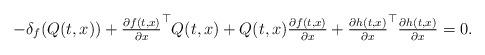
LaTeX: \begin{align*} - \delta_f (Q(t,x)) + \textstyle { \frac{\partial f(t,x)}{\partial x} }^\top Q(t,x) + Q(t,x) \frac{\partial f(t,x)}{\partial x} + { \frac{\partial h(t,x)}{\partial x} }^\top \frac{\partial h(t,x)}{\partial x} = 0 .\end{align*}